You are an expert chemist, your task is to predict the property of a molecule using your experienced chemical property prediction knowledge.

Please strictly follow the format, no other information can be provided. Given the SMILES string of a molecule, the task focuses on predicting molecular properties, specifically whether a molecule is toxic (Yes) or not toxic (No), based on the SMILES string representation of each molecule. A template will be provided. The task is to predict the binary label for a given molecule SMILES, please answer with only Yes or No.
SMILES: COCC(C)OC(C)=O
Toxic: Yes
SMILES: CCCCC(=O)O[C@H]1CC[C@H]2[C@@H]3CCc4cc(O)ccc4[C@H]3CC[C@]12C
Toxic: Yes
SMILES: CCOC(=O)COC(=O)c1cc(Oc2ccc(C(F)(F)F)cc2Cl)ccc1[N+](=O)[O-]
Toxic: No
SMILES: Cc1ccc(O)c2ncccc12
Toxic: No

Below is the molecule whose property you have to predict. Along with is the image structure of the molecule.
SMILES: O=C(O)c1ccc(O)cc1O
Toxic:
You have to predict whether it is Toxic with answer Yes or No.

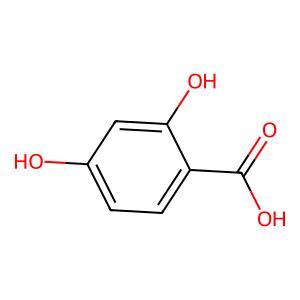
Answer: No